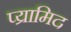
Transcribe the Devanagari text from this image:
प्य्रामिद